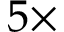
5 \times